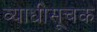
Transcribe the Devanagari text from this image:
व्याधीसूचक